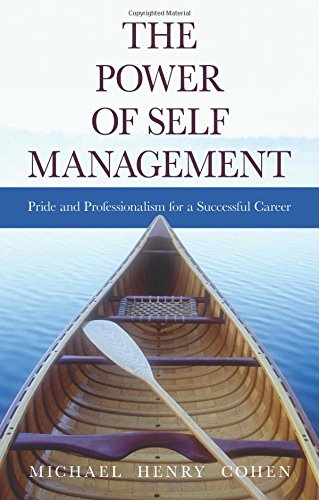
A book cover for The Power of Self Management: Pride and Professionalism for a Successful Career; Michael Cohen; Business & Money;